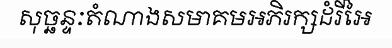
សុច្ឆន្ទៈតំណាងសមាគមអភិរក្សដំរីអៃ